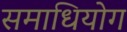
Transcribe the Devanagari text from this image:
समाधियोग